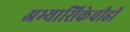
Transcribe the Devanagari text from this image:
अभ्यासिकेचीही